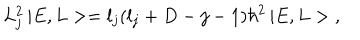
L _ { j } ^ { 2 } \, | E , L > = l _ { j } ( l _ { j } + D - j - 1 ) \hbar ^ { 2 } \, | E , L > \; ,